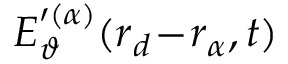
\boldsymbol { E } _ { \vartheta } ^ { \prime ( \alpha ) } ( \boldsymbol { r } _ { d } \! - \! \boldsymbol { r } _ { \alpha } , t )